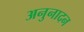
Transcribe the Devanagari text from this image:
अनुनादन